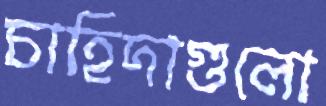
চাহিদাগুলো